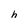
Character: h